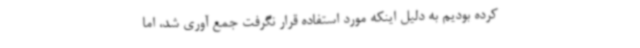
کرده بودیم به دلیل اینکه مورد استفاده قرار نگرفت جمع آوری شد، اما